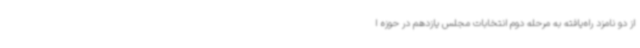
از دو نامزد راه‌یافته به مرحله دوم انتخابات مجلس یازدهم در حوزه ا